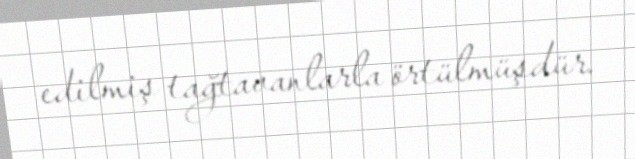
edilmiş tağtavanlarla örtülmüşdür.